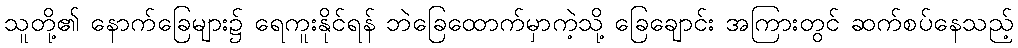
သူတို့၏ နောက်ခြေများ၌ ရေကူးနိုင်ရန် ဘဲခြေထောက်မှာကဲ့သို့ ခြေချောင်း အကြားတွင် ဆက်စပ်နေသည့်